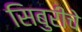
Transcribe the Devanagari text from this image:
सिबुरीचे